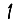
Digit: 1